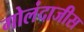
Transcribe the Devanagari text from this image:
गोलंदाजीस